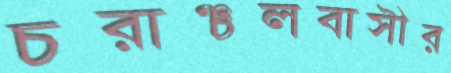
চরাঞ্চলবাসীর